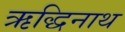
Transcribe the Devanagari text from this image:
ऋद्धिनाथ